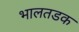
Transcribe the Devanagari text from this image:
भालतडक